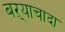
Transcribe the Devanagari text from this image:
बऱ्याचादा